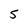
Character: 5